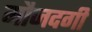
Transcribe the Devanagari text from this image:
मौजदगी